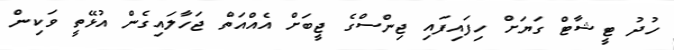
ހުދު ޓީޝާޓް ގަޔަށް ހިފައިފައި ޖިންސްގެ ޖީބަށް އެއްއަތް ޖަހާލައިގެން އުޅޭތީ ވަކިން